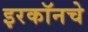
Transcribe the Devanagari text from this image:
इरकॉनचे